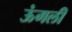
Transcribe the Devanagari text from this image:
ऊंगली